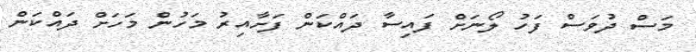
މަސް ދުވަސް ފަހު ލޯނަށް ފައިސާ ދައްކަން ފަށާއިރު މަހުން މަހަށް ދައްކަން